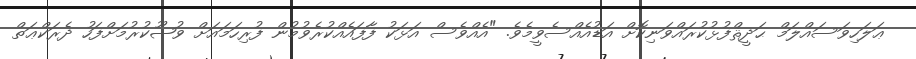
ޢަލަހިވަސައްލަމް ޙަދީޘްފުޅުކުރައްވަނިކޮށް އަޑުއެއްސެވީމެވެ. "އެއްވެސް އަޅަކު ފާފައެއްކުރެވުމުން ފުރިހަމައަށް ވުޟޫކުރުމަށްފަހު ދެރަކްޢަތް